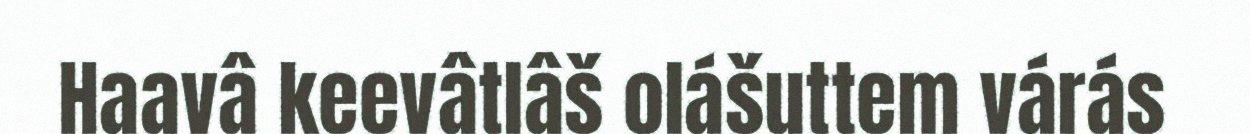
Haavâ keevâtlâš olášuttem várás